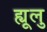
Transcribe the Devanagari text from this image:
ह्यूलु